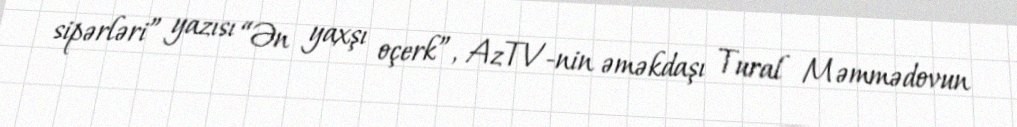
sipərləri” yazısı “Ən yaxşı oçerk”, AzTV-nin əməkdaşı Tural Məmmədovun